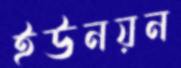
ইউনয়ন